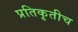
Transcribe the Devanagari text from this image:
प्रतिकृतीच